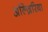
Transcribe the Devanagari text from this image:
अल्ज़िरिया